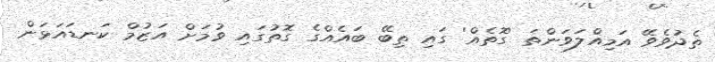
ތެދުވެވޭ އަމިއްލަވަންތަ 'ގޮތެއް' ގައި ތިބޭ ބައެއްގެ ގޮތުގައި ވުމަށް އަޒުމް ކަނޑައަޅަން